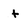
Character: t